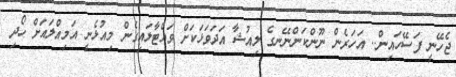
ޖެހޭނީ ފަސޭހައިން.. އަހަރެން ނޫންކަންނޭނގެ ލިއުޝާ އަދަވަޅަކަށް ވައްޓާލައިގެން މިއުޅެނީ އަމިއްލައަށް ހޯދި